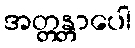
အတ္တန္တာပေါ